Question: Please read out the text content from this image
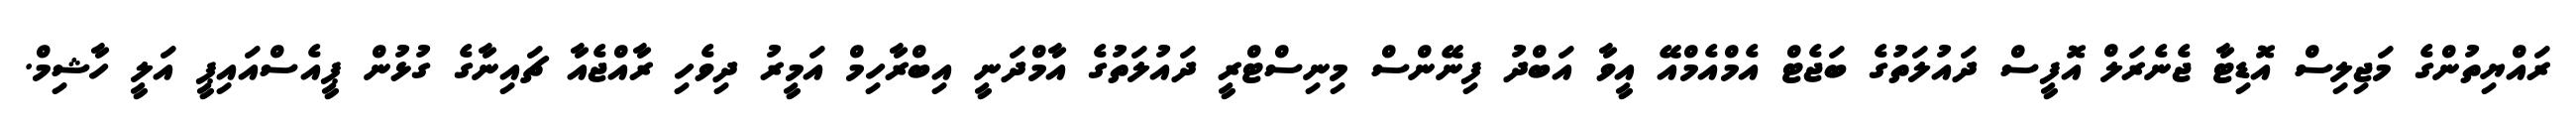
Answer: ރައްޔިތުންގެ މަޖިލިސް އޮޑިޓާ ޖެނެރަލް އޮފީސް ދައުލަތުގެ ބަޖެޓް އެމްއެމްއޭ އީވާ އަބްދު ފިނޭންސް މިނިސްޓްރީ ދައުލަތުގެ އާމްދަނީ އިބްރާހިމް އަމީރު ދިވެހި ރާއްޖެއާ ޗައިނާގެ ގުޅުން ޕީއެސްއައިޕީ އަލީ ހާޝިމް.